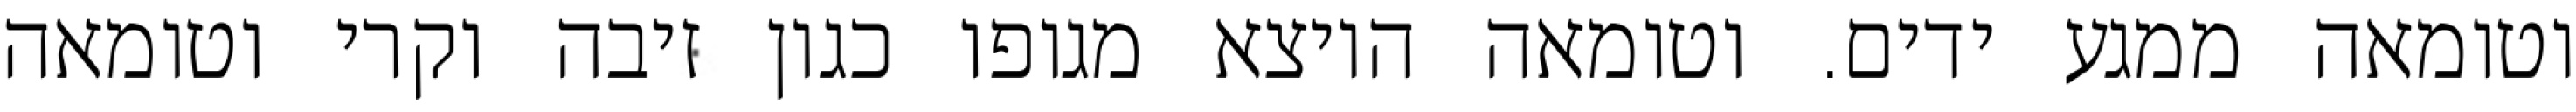
וטומאה ממגע ידים. וטומאה היוצא מגופו כגון זיבה וקרי וטומאה